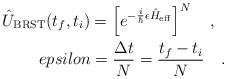
\begin{align*}\hat{U}_{\rm BRST}(t_f,t_i)=\left[e^{-\frac{i}{\hbar}\epsilon \hat{H}_{\rm eff}}\right]^N\ \ \ ,\ \ \\epsilon=\frac{\Delta t}{N}=\frac{t_f-t_i}{N}\ \ \ .\end{align*}